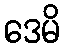
ဒေမိ